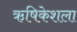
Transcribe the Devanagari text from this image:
ऋषिकेशला